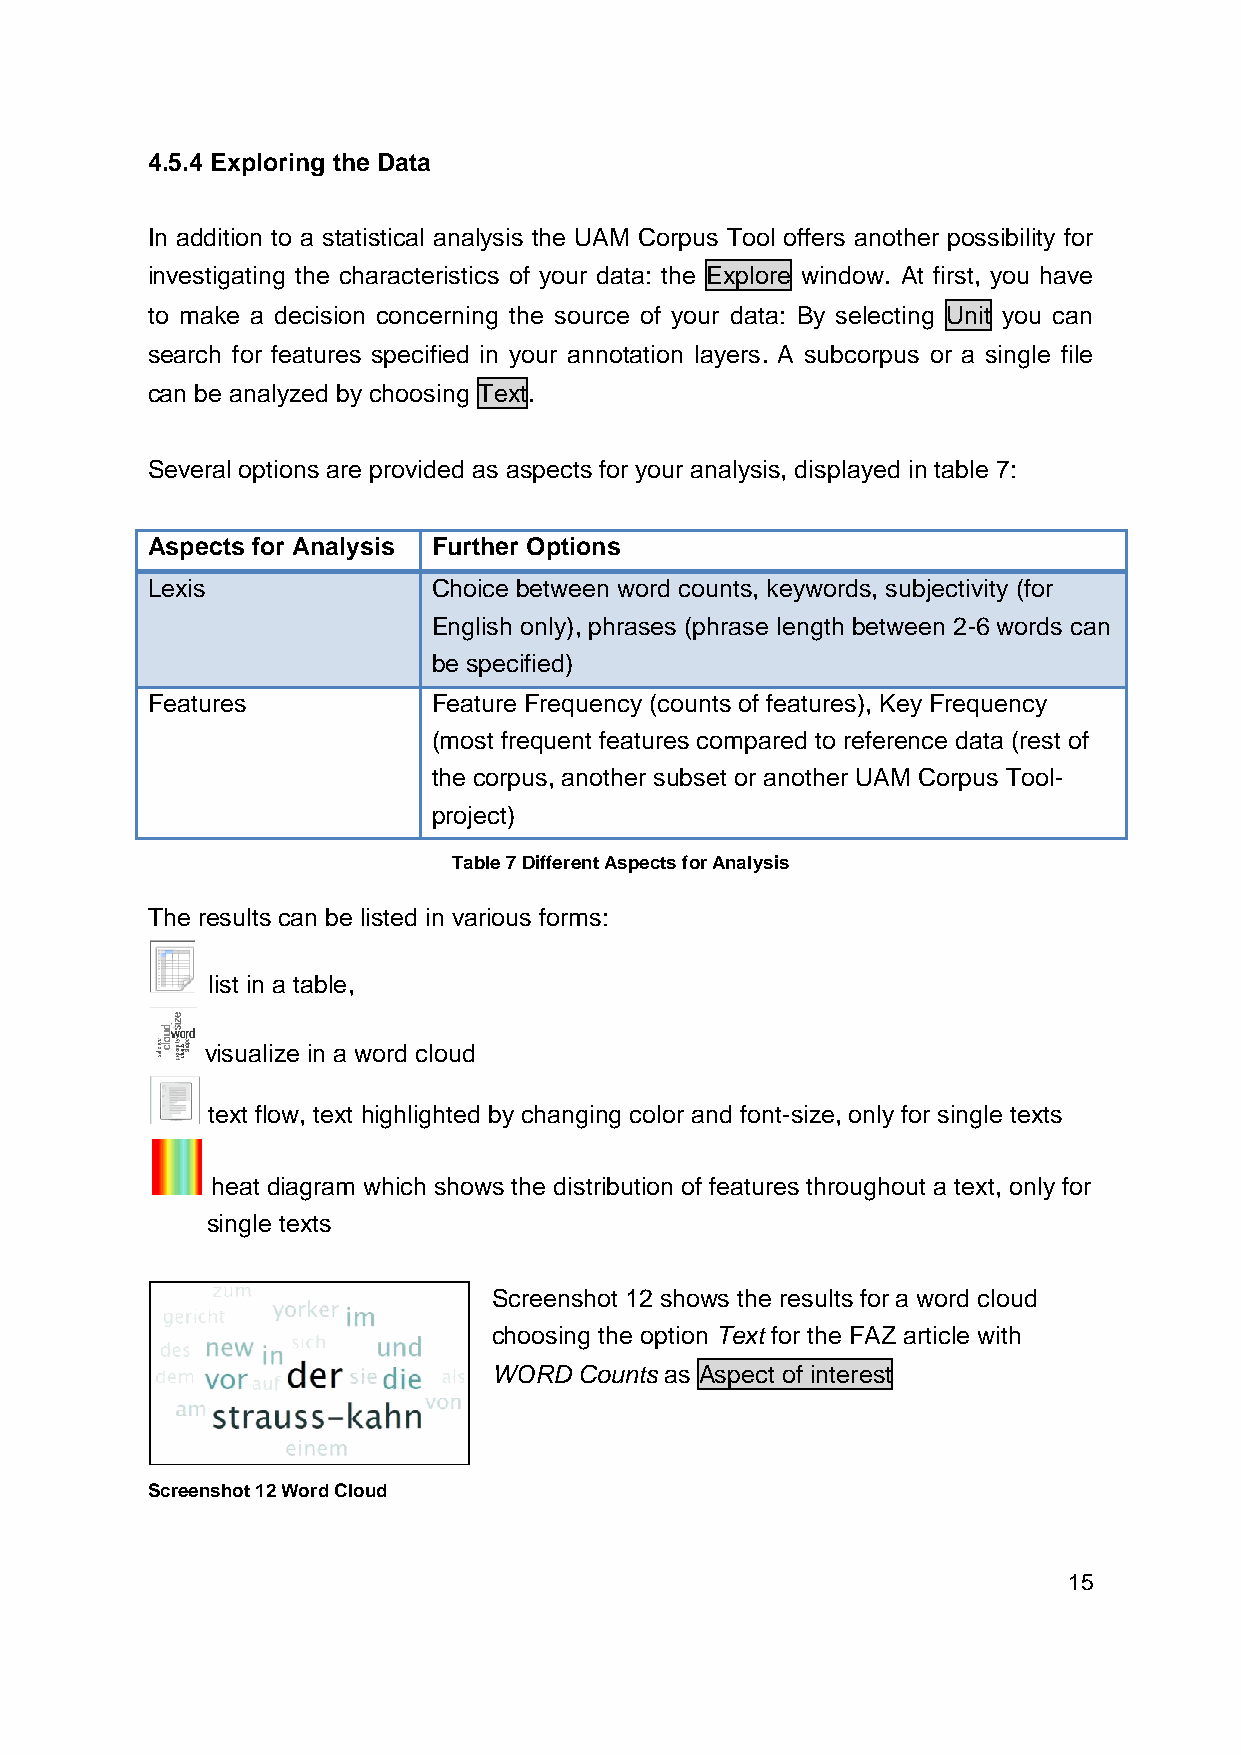
4.5.4 Exploring the Data
 In addition to a statistical analysis the UAM Corpus Tool offers another possibility for
 investigating the characteristics of your data: the Explore window. At first, you have
 to make a decision concerning the source of your data: By selecting Unit you can
 search for features specified in your annotation layers. A subcorpus or a single file
 can be analyzed by choosing Text.
 Several options are provided as aspects for your analysis, displayed in table 7:
 Aspects for Analysis Further Options
 Lexis              Choice between word counts, keywords, subjectivity (for
 English only), phrases (phrase length between 2-6 words can
 be specified)
 Features           Feature Frequency (counts of features), Key Frequency
 (most frequent features compared to reference data (rest of
 the corpus, another subset or another UAM Corpus Tool-
 project)
 Table 7 Different Aspects for Analysis
 The results can be listed in various forms:
 list in a table,
 visualize in a word cloud
 text flow, text highlighted by changing color and font-size, only for single texts
 heat diagram which shows the distribution of features throughout a text, only for
 single texts
 Screenshot 12 shows the results for a word cloud
 choosing the option Text for the FAZ article with
 WORD Counts as Aspect of interest
 Screenshot 12 Word Cloud
 15